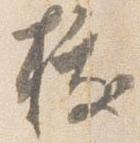
抜